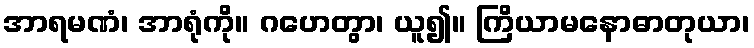
အာရမဏံ၊ အာရုံကို။ ဂဟေတွာ၊ ယူ၍။ ကြိယာမနောဓာတုယာ၊